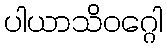
ပါယာသိဝဂ္ဂေါ